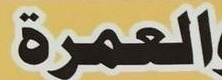
العمرة